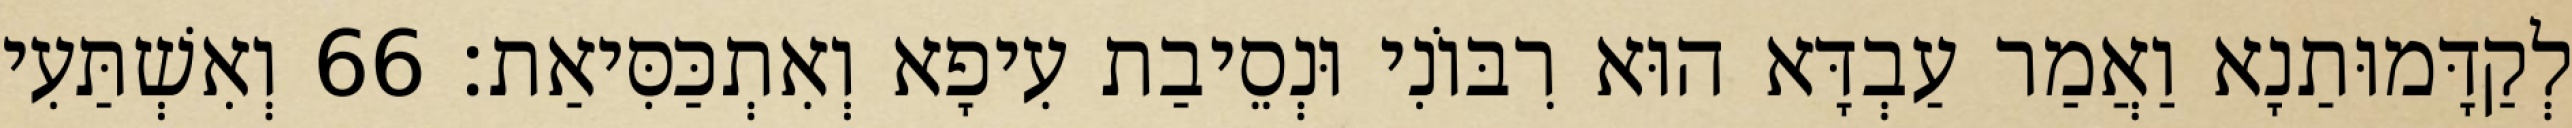
לְקַדָּמוּתַנָא וַאֲמַר עַבְדָּא הוּא רִבּוֹנִי וּנְסֵיבַת עִיפָא וְאִתְכַּסִּיאַת׃ 66 וְאִשְׁתַּעִי